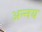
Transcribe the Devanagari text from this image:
अन्‍नय